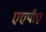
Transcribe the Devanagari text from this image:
एएपीए